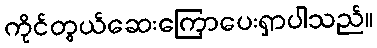
ကိုင်တွယ်ဆေးကြောပေးရှာပါသည်။